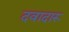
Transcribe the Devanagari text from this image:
दवादारू